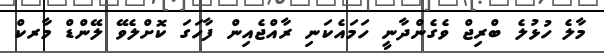
މާލެ ހުޅުލެ ބްރިޖް ވެގެންދާނީ ހަމައެކަނި ރާއްޖެއިން ފާހަގަ ކޮށްލެވޭ ލޭންޑް މާރކް